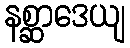
နစ္ဆာဒေယျ